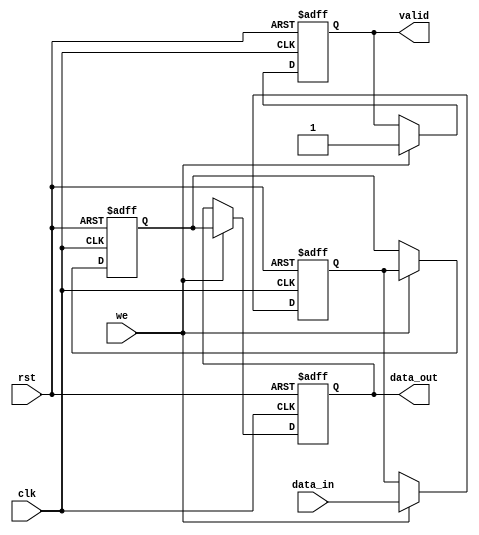
module PipelineBuffer #(
    parameter N = 8,       // Data width (number of bits)
    parameter DEPTH = 2    // Depth of the pipeline (number of stages)
)(
    input wire clk,        // Clock signal
    input wire rst,        // Reset signal
    input wire we,         // Write enable signal
    input wire [N-1:0] data_in, // Data input
    output reg [N-1:0] data_out, // Data output
    output reg valid       // Valid signal
);

    // Internal buffer storage
    reg [N-1:0] buffer [0:DEPTH-1];

    // Pipeline control
    integer i;

    always @(posedge clk or posedge rst) begin
        if (rst) begin
            // Reset the buffer and valid signal
            for (i = 0; i < DEPTH; i = i + 1) begin
                buffer[i] <= {N{1'b0}}; // Clear the buffer
            end
            data_out <= {N{1'b0}}; // Clear output
            valid <= 1'b0; // Invalid output
        end else if (we) begin
            // Shift data through the pipeline
            buffer[0] <= data_in; // Load new data into the first stage
            for (i = 1; i < DEPTH; i = i + 1) begin
                buffer[i] <= buffer[i-1]; // Shift data through the pipeline
            end
            data_out <= buffer[DEPTH-1]; // Output data from the last stage
            valid <= 1'b1; // Set valid signal
        end else begin
            // Maintain current output and valid signal if write enable is not asserted
            data_out <= data_out;
            valid <= valid;
        end
    end

endmodule